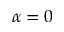
\alpha = 0